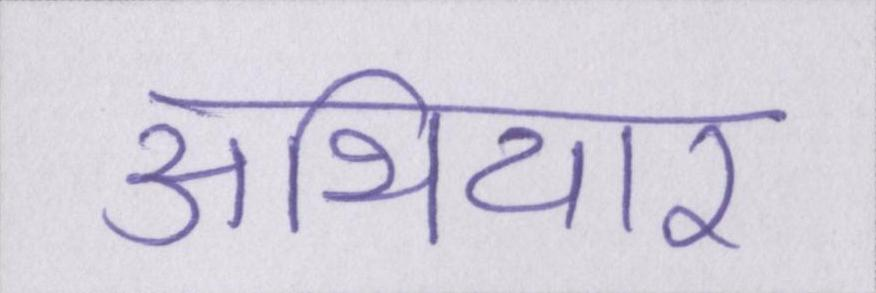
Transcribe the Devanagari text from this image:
अथियार